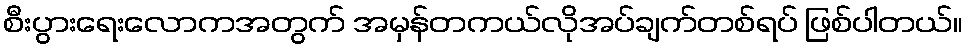
စီးပွားရေးလောကအတွက် အမှန်တကယ်လိုအပ်ချက်တစ်ရပ် ဖြစ်ပါတယ်။